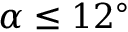
\alpha \leq 1 2 ^ { \circ }